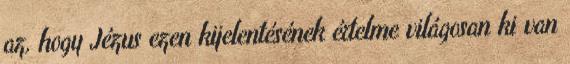
az, hogy Jézus ezen kijelentésének értelme világosan ki van